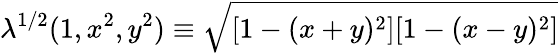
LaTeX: \lambda^{1/2}(1,x^{2},y^{2})\equiv\sqrt{[1-(x+y)^{2}][1-(x-y)^{2}]}